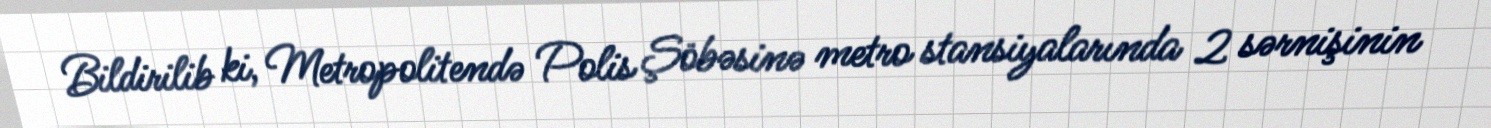
Bildirilib ki, Metropolitendə Polis Şöbəsinə metro stansiyalarında 2 sərnişinin